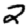
Digit: 2